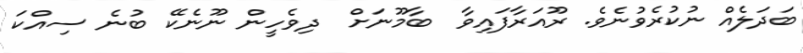
ބަދަލެއް ނުކުރެވުނެވެ. ރޫއަރާފައިވާ  ބާމޫނަށް  ދިވެހީން ނޫނެކޭ ބުނެ ސިއްކަ